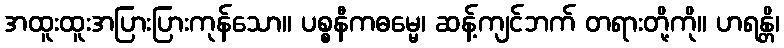
အထူးထူးအပြားပြားကုန်သော။ ပစ္စနီကဓမ္မေ၊ ဆန့်ကျင်ဘက် တရားတို့ကို။ ဟရန္တိ၊